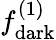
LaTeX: f_{\mathrm{dark}}^{(1)}